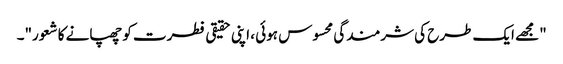
"مجھے ایک طرح کی شرمندگی محسوس ہوئی ، اپنی حقیقی فطرت کو چھپانے کا شعور"۔